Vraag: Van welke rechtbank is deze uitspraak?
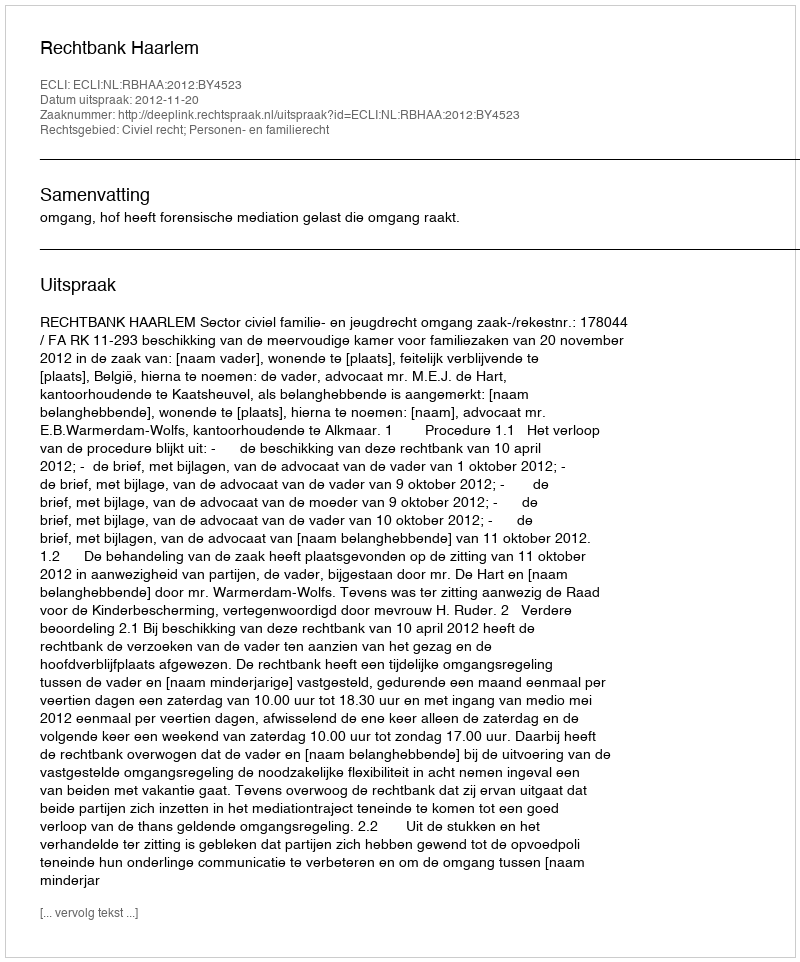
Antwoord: Rechtbank Haarlem